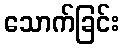
သောက်ခြင်း